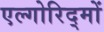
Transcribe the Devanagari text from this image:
एल्गोरिद्मों